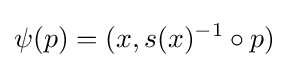
\psi (p)=(x,s(x)^{-1}\circ p)